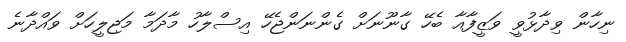
ނިހާން ވިދާޅުވީ ވަޒީފާއާ ބެހޭ ގާނޫނަށް ގެންނަންޖެހޭ އިސްލާހު މާދަމާ މަޖިލީހަށް ވައްދާނެ